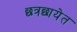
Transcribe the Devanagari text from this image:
छत्रछायेत